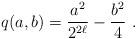
LaTeX: \begin{align*}q(a,b)=\frac{a^2}{2^{2\ell}}-\frac{b^2}{4}\ .\end{align*}